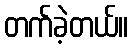
တက်ခဲ့တယ်။